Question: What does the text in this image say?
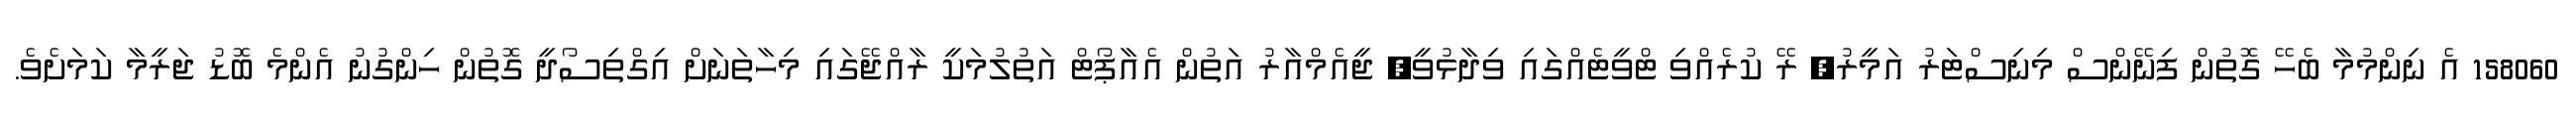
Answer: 158060 އެ ނިންމުމާ ބެހޭ ގޮތުން ފިނޭންސް މިނިސްޓަރު އަމީރު, ރޭ ކުރެއްވި ޓްވީޓެއްގައި ވިދާޅުވީ, ޖީއެމްއާރު އަތުން އެއާޕޯޓް އަތުލުމަކީ ރާއްޖޭގައި މިހާތަނަށް އިގްތިސޯދީ ގޮތުން ހިންގުނު އެންމެ ބޮޑު ޖަރީމާ ކަމަށެވެ.